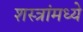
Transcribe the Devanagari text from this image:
शस्त्रांमध्ये